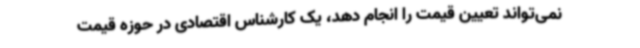
نمی‌تواند تعیین قیمت را انجام دهد، یک کارشناس اقتصادی در حوزه قیمت